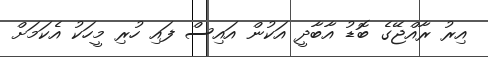
އިރު ރާއްޖޭގެ ބޮޑު އާބާދީ އަކުން އައިސް ފައި ހުރި މީހަކު އެކަމަށް